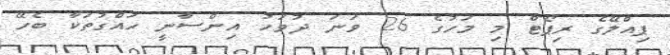
ޕިއްލޭގެ ރިޕޯޓް މި މަހުގެ 26 ވަނަ ދުވަހު އިންސާނީ ހައްގުތަކާ ބެހޭ